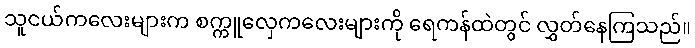
သူငယ်ကလေးများက စက္ကူလှေကလေးများကို ရေကန်ထဲတွင် လွှတ်နေကြသည်။